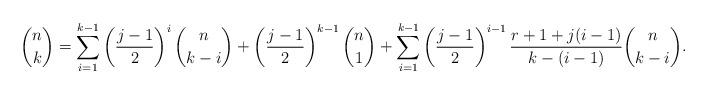
LaTeX: \begin{align*}\binom{n}{k}=\sum_{i=1}^{k-1}\left(\frac{j-1}{2}\right)^i\binom{n}{k-i}+\left(\frac{j-1}{2}\right)^{k-1}\binom{n}{1}+\sum_{i=1}^{k-1}\left(\frac{j-1}{2}\right)^{i-1}\frac{r+1+j (i-1)}{k-(i-1)}\binom{n}{k-i}.\end{align*}